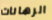
الرهانات